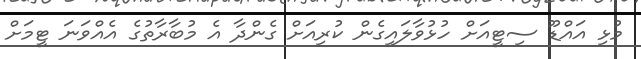
މުޅި އައްޑޫ ސިޓީއަށް ހުޅުވާލައިގެން ކުރިއަށް ގެންދާ އެ މުބާރާތުގެ އެއްވަނަ ޓީމަށް